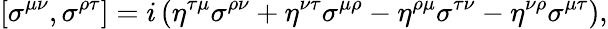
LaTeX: \left[\sigma^{\mu\nu},\sigma^{\rho\tau}\right]=i\left(\eta^{\tau\mu}\sigma^{\rho\nu}+\eta^{\nu\tau}\sigma^{\mu\rho}-\eta^{\rho\mu}\sigma^{\tau\nu}-\eta^{\nu\rho}\sigma^{\mu\tau}\right),